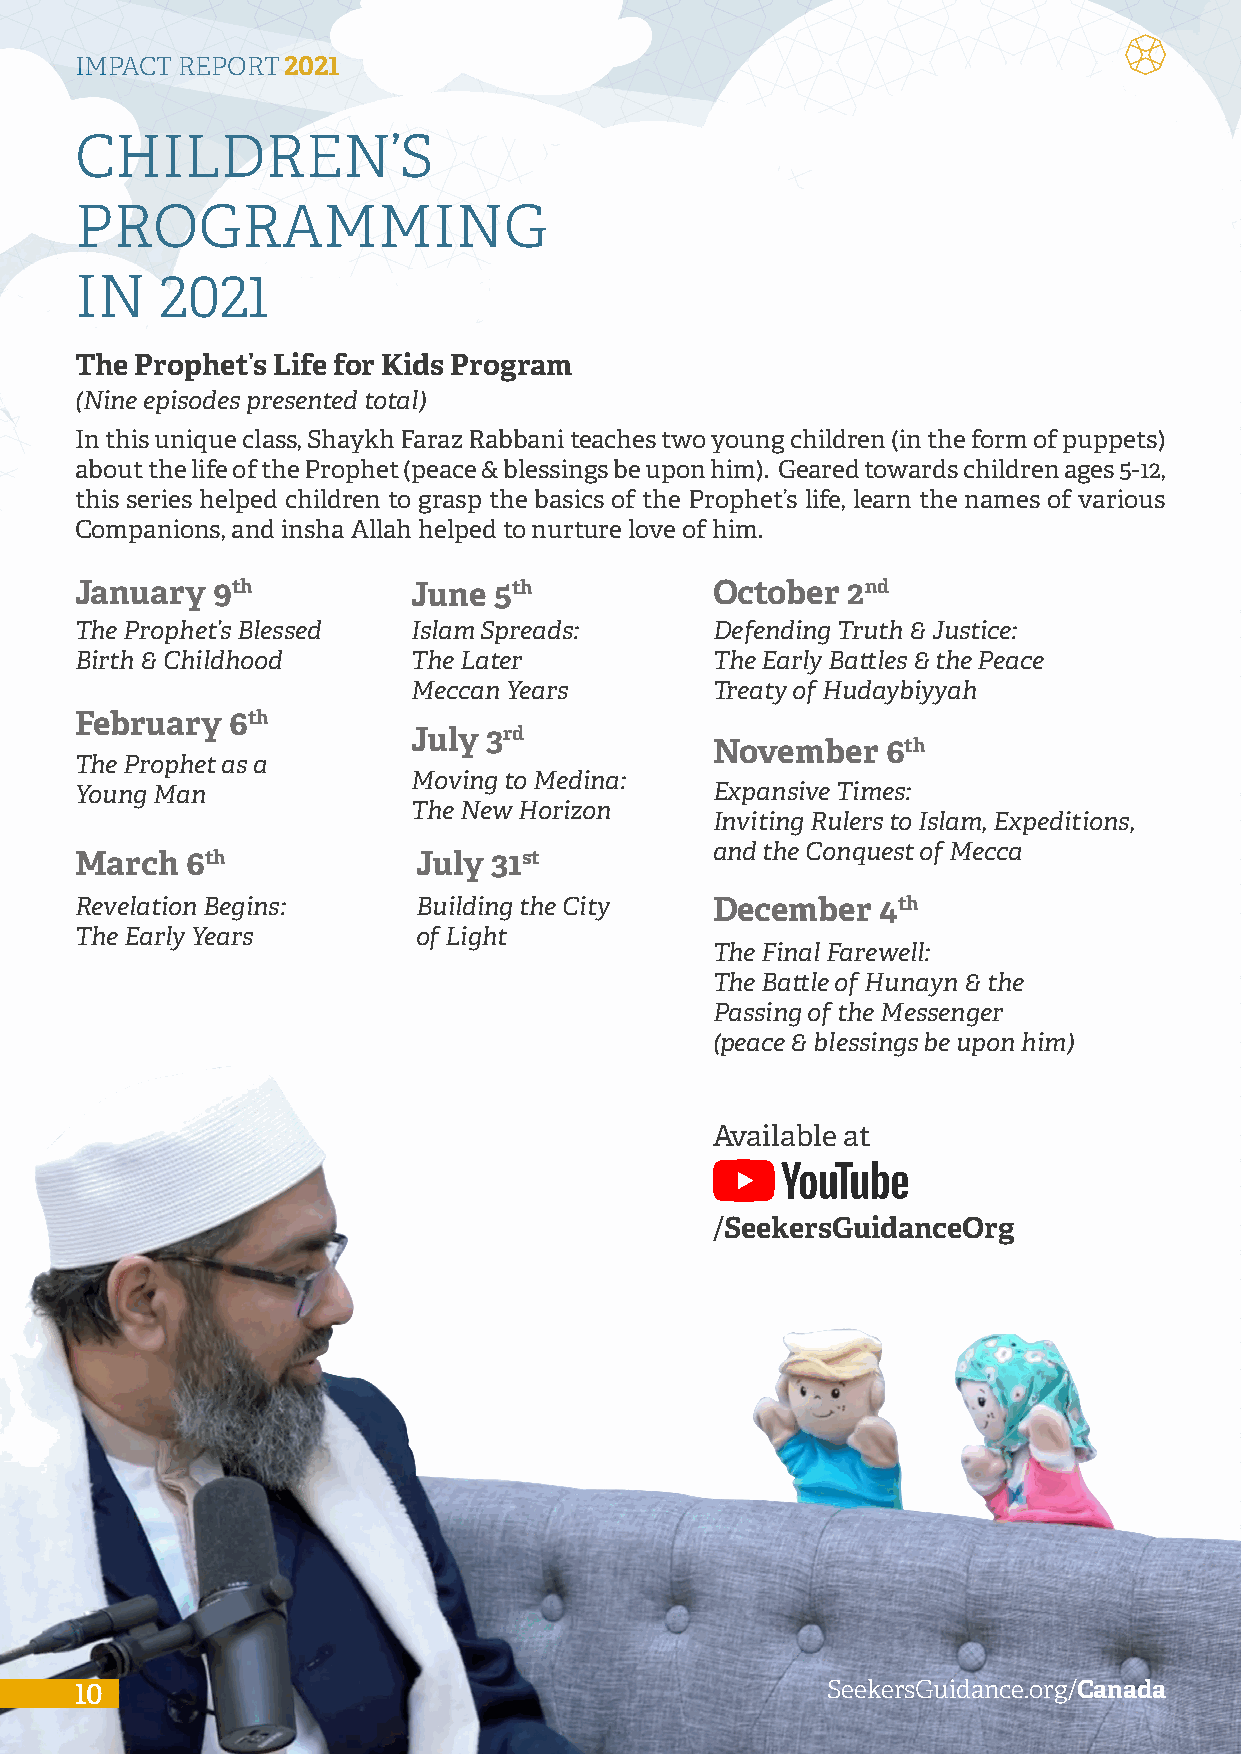
IMPACT REPORT2021
 CHILDREN’S
 PROGRAMMING
 IN    2021
 The Prophet’s Life for Kids Program
 (Nine episodes presented total)
 In this unique class, Shaykh Faraz Rabbani teaches two young children (in the form of puppets)
 about the life of the Prophet (peace & blessings be upon him). Geared towards children ages 5-12,
 this series helped children to grasp the basics of the Prophet’s life, learn the names of various
 Companions, and insha Allah helped to nurture love of him.
 January  9th          June  5th           October  2nd
 The Prophet’s Blessed Islam Spreads:      Defending Truth & Justice:
 Birth & Childhood     The Later           The Early Battles & the Peace
 Meccan Years        Treaty of Hudaybiyyah
 February  6th
 July 3rd
 November    6th
 The Prophet as a
 Moving to Medina:
 Young Man                                 Expansive Times:
 The New Horizon
 Inviting Rulers to Islam, Expeditions,
 and the Conquest of Mecca
 March  6th             July 31st
 Revelation Begins:     Building the City  December   4th
 The Early Years        of Light
 The Final Farewell:
 The Battle of Hunayn & the
 Passing of the Messenger
 (peace & blessings be upon him)
 Available at
 /SeekersGuidanceOrg
 1100                                              SSeeeekkeerrssGGuuiiddaannccee..oorrgg//CCaannaaddaa